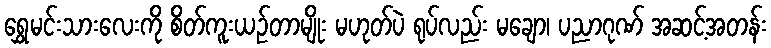
ရွှေမင်းသားလေးကို စိတ်ကူးယဉ်တာမျိုး မဟုတ်ပဲ ရုပ်လည်း မချော၊ ပညာဂုဏ် အဆင့်အတန်း